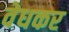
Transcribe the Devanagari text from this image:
वेधकर